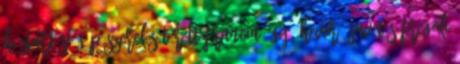
Háztartási gép szerelés Törött francia ágy, heverő javítás FREGOLI